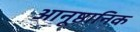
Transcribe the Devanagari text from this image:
आनूष्ठानिक